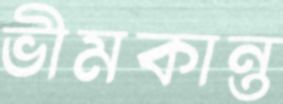
ভীমকান্ত